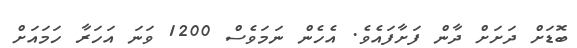
ބޮޑަށް ދަށަށް ދާން ފަށާފައެވެ. އެހެން ނަމަވެސް 1200 ވަނަ އަހަރާ ހަމައަށް